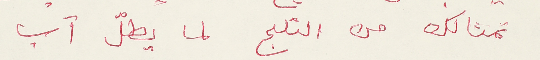
تمثالك من التلج لما يطُل آب